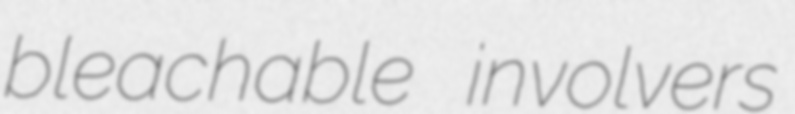
bleachable involvers